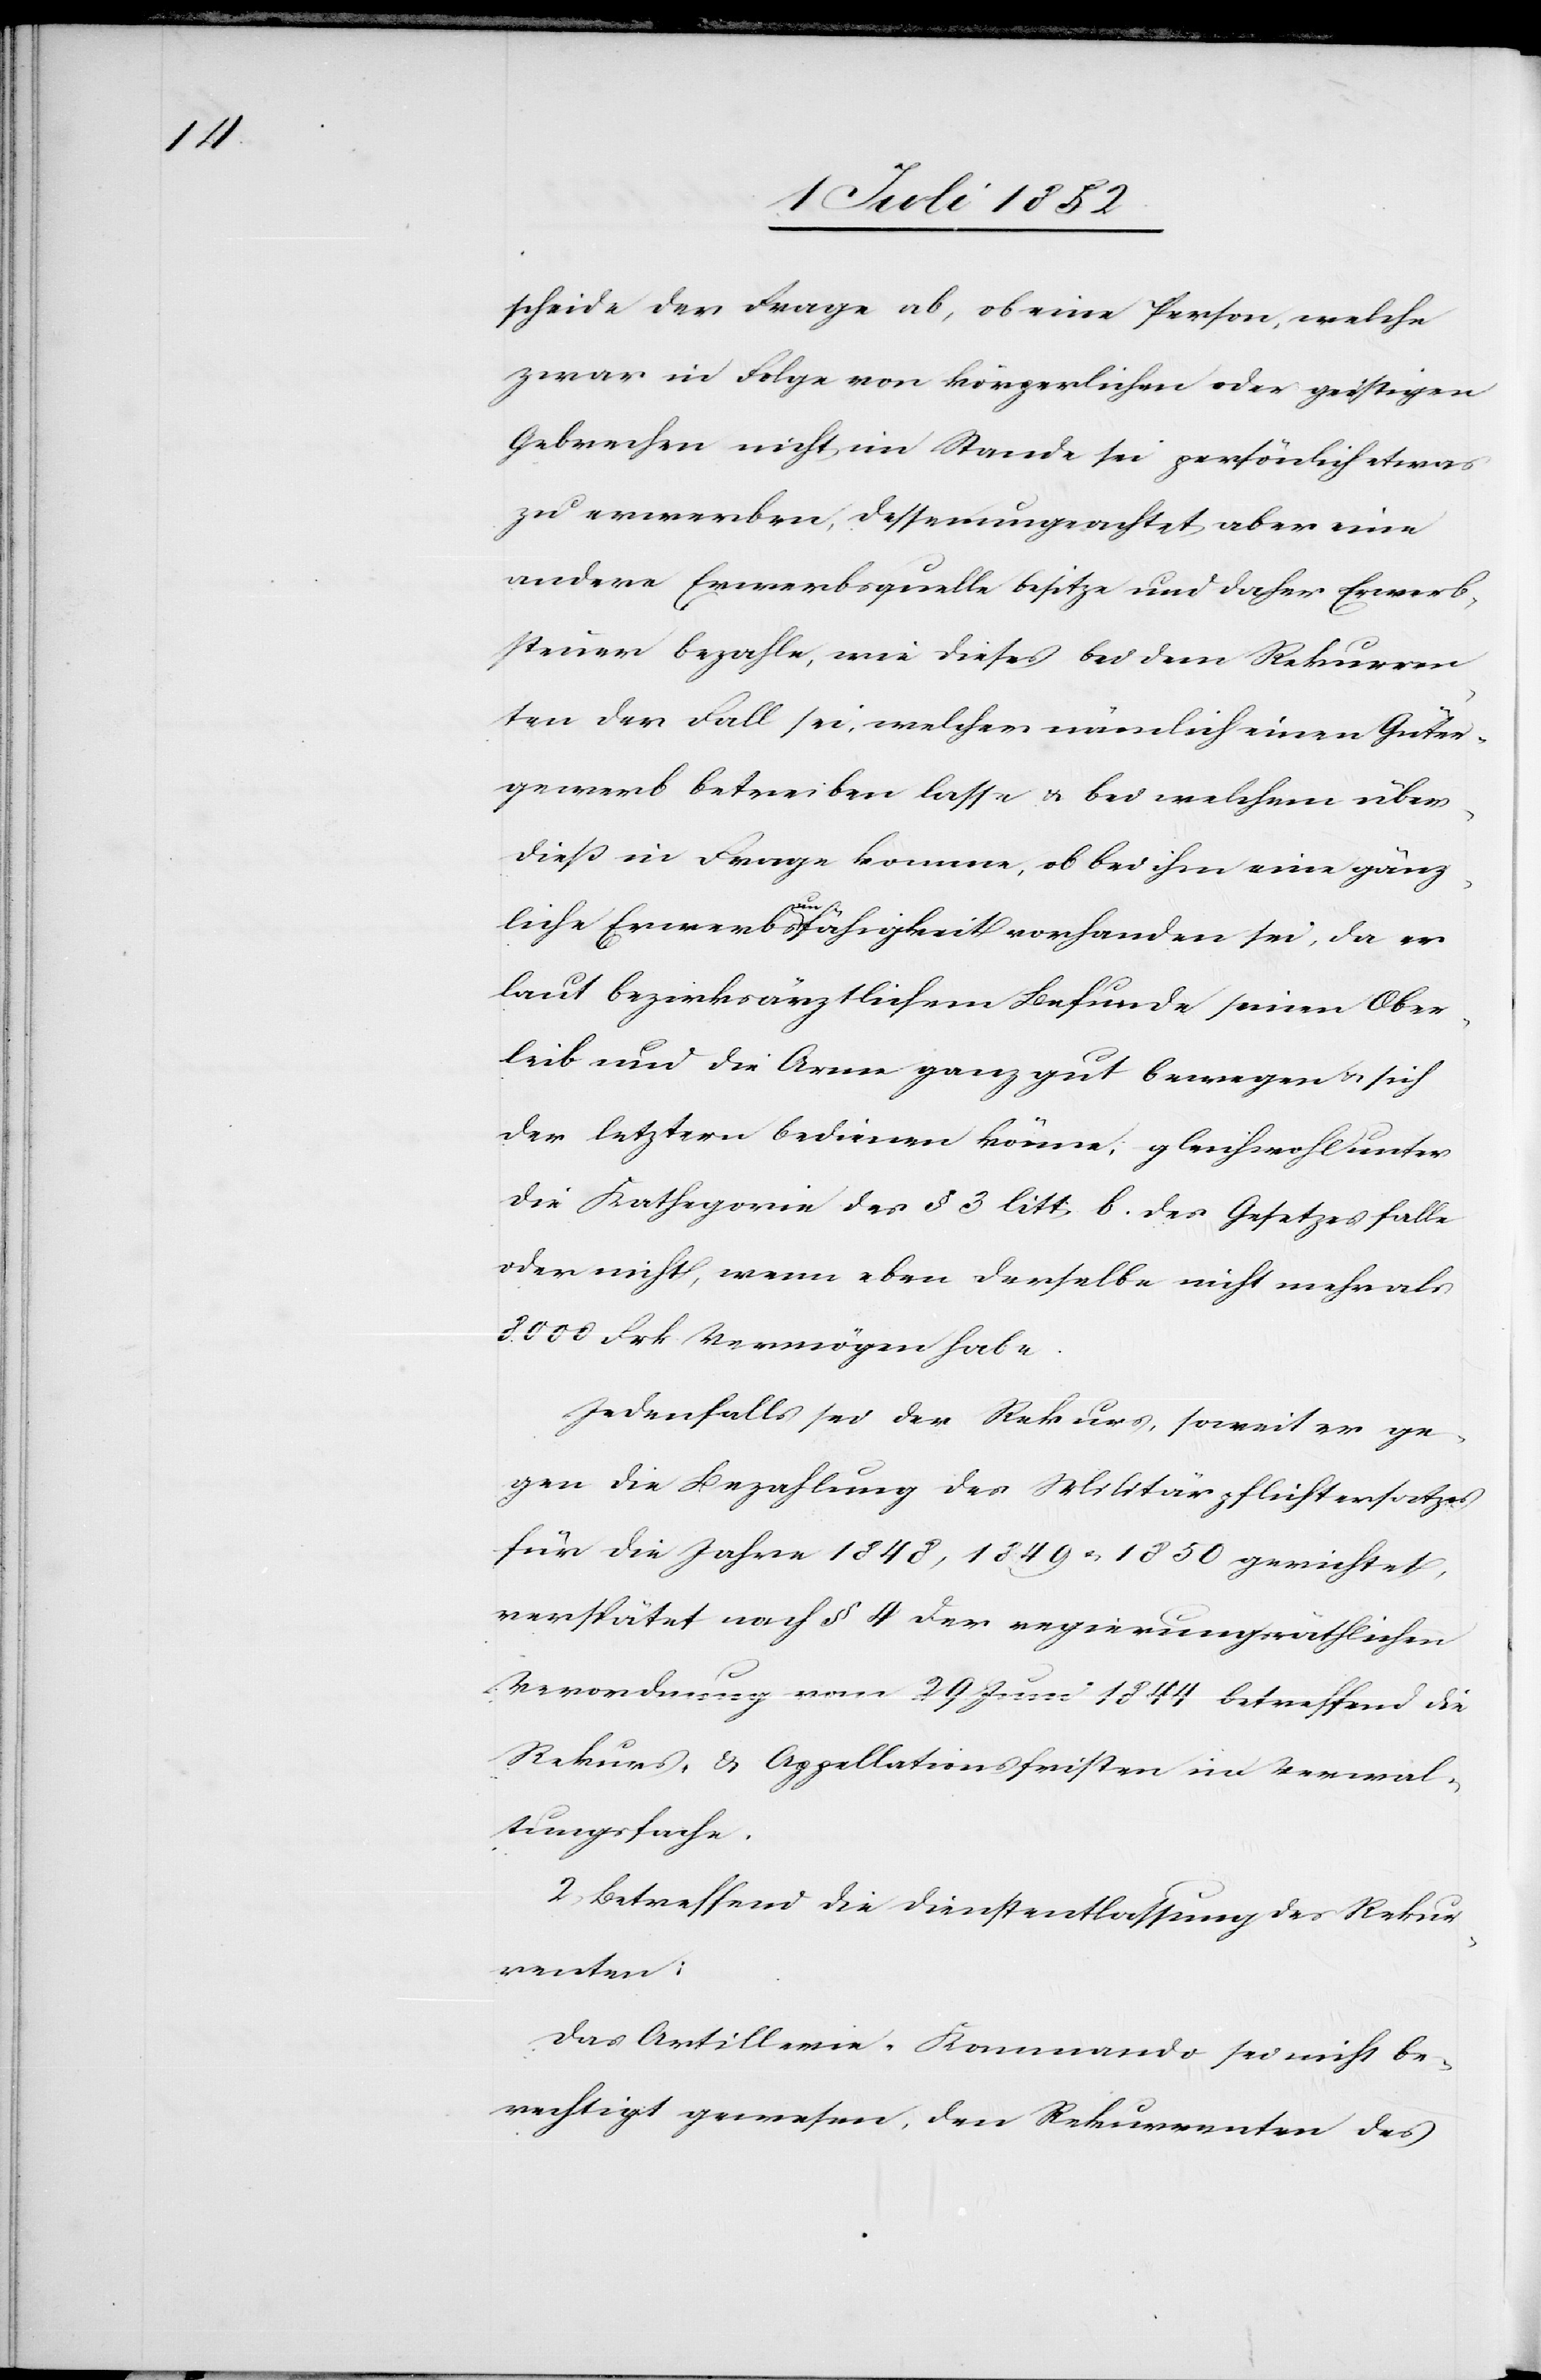
scheide der Frage ab, ob eine Person, welche
zwar in Folge von körperlichen oder geistigen
Gebrechen nicht im Stande sei persönlich etwas
zu erwerben, dessenungeachtet aber eine
andere Erwerbsquelle besitze und daher Erwerb¬
steuer bezahle, wie dieses bei dem Rekurren¬
ten der Fall sei, welcher nämlich einen Güter¬
gewerb betreiben lasse & bei welchem über¬
dieß in Frage komme, ob bei ihm eine gänz¬
liche Erwerbsunfähigkeit vorhanden sei, da er
laut bezirksärztlichem Befunde seinen Ober¬
leib und die Arme ganz gut bewegen & sich
der letztern bedienen könne, gleichwohl unter
die Kathegorie des § 3 litt. b. des Gesetzes falle
oder nicht, wenn eben derselbe nicht mehr als
8000 Frk Vermögen habe.
Jedenfalls sei der Rekurs, soweit er ge¬
gen die Bezahlung des Militärpflichtersatzes
für die Jahre 1848, 1849 & 1850 gerichtet,
verspätet nach § 4 der regierungsräthlichen
Verordnung vom 29 Juni 1844 betreffend die
Rekurs- & Appellationsfristen im Verwal¬
tungsfache.
2, Betreffend die Dienstentlassung des Rekur¬
renten:
Das Artillerie-Kommando sei nicht be¬
rechtigt gewesen, den Rekurrenten des